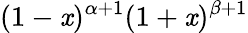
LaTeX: (1-\mathit{x})^{\alpha+1}(1+\mathit{x})^{\beta+1}